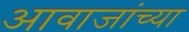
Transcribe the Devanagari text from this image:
आवाजांच्या